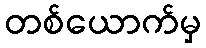
တစ်ယောက်မှ